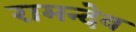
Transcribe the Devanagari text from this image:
रामन्देव